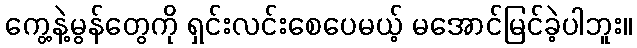
ကွေ့နဲ့မွန်တွေကို ရှင်းလင်းစေပေမယ့် မအောင်မြင်ခဲ့ပါဘူး။